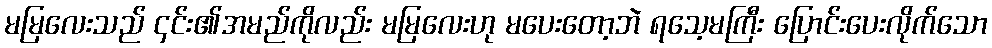
မမြလေးသည် ၄င်း၏အမည်ကိုလည်း မမြလေးဟု မပေးတော့ဘဲ ရသေ့မကြီး ပြောင်းပေးလိုက်သော